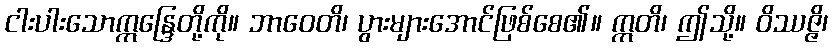
ငါးပါးသောဣန္ဒြေတို့ကို။ ဘာဝေတိ၊ ပွားများအောင်ဖြစ်စေ၏။ ဣတိ၊ ဤသို့။ ဝိဿဇ္ဇိ၊